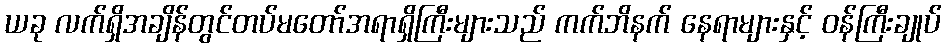
ယခု လက်ရှိအချိန်တွင်တပ်မတော်အရာရှိကြီးများသည် ကက်ဘိနက် နေရာများနှင့် ဝန်ကြီးချုပ်